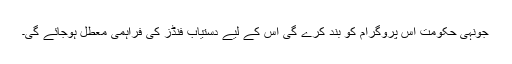
جونہی حکومت اس پروگرام کو بند کرے گی اس کے لیے دستیاب فنڈز کی فراہمی معطل ہوجائے گی۔